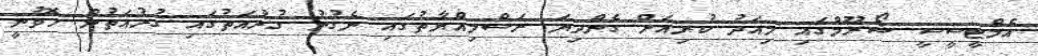
އެމްޓީސީސީ ޝޯރޫމްގައި މިއަދު ކުރިއަށް ގެންދިޔަ ރަސްމިއްޔާތުގައި ނެގުނު ގުރުއަތުގައި ގުރުއަތުން ހޮވުނީ